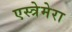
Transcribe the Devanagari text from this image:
एस्त्रेमेरा